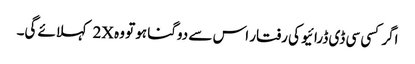
اگر کسی سی ڈی ڈرائیو کی رفتار اس سے دوگنا ہو تو وہ 2X کہلائے گی۔